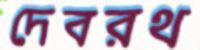
দেবরথ